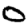
Digit: 0